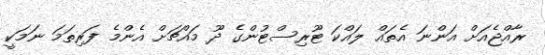
ރާއްޖެއަށް އަންނަ އެތައް ލައްކަ ޓޫރިސްޓުންގެ ދޫ މައްޗަށް އެންމެ ފަރިތަމަ ނަމަކީ